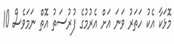
މޮޅަކާ އެކު ހަތަރު ވަނަ އަށް އެރުމުގެ ފުރުސަތު އޮތް ނަމަވެސް 10